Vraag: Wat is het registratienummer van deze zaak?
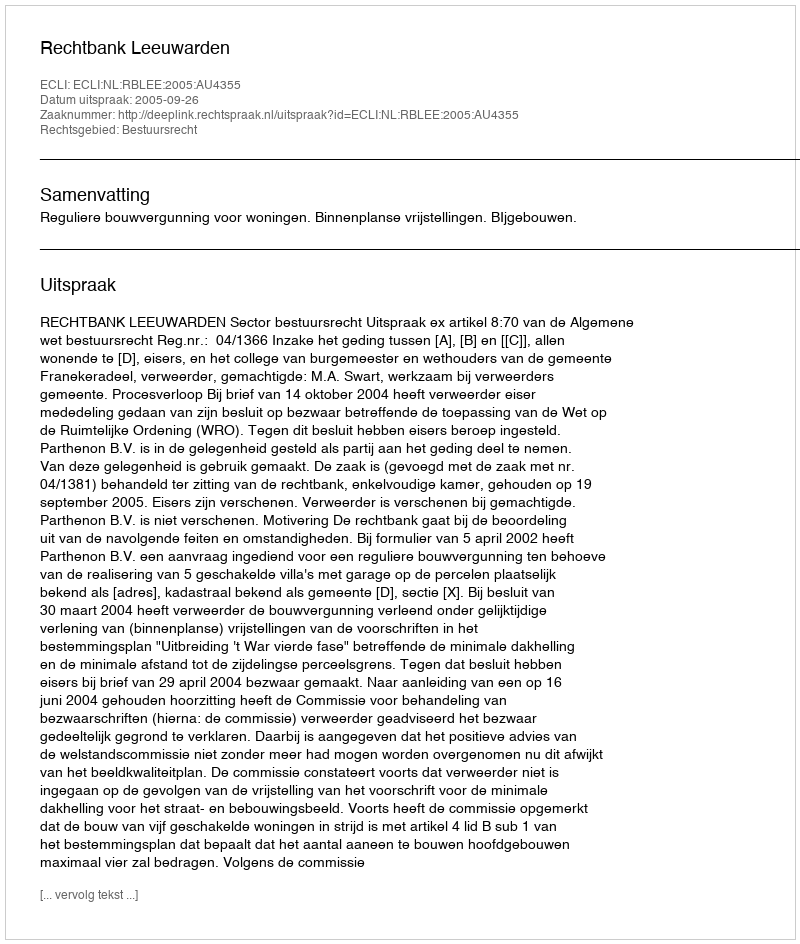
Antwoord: http://deeplink.rechtspraak.nl/uitspraak?id=ECLI:NL:RBLEE:2005:AU4355